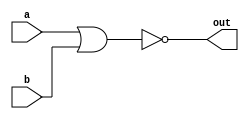
// This program was cloned from: https://github.com/viduraakalanka/HDL-Bits-Solutions
// License: The Unlicense

module top_module( 
    input a, 
    input b, 
    output out );
    assign out = ~(a|b); //NOR gate using bitwise OR  and NOT operators

endmodule